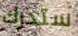
ستدرك